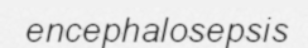
encephalosepsis